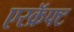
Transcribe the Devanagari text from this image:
एरक्रॅफ्ट